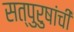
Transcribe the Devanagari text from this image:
सत्‍पुरुषांची